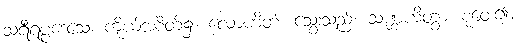
သရီရပ္ပဒေသေ၊ ကိုယ်အစိတ်၌။ လောဟိတံ၊ သွေးသည်။ သဏ္ဌဟိတွာ၊ စုဝေး၍။